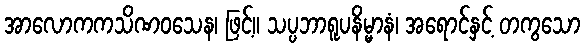
အာလောကကသိဏဝသေန၊ ဖြင့်။ သပ္ပဘာရူပနိမ္မာနံ၊ အရောင်နှင့် တကွသော